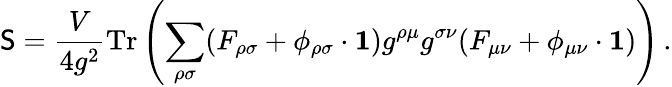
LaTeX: \mathsf{S}=\frac{{V}}{{4g^{2}}}\mathrm{{Tr}}\left(\sum_{\rho\sigma}(F_{\rho\sigma}+\phi_{\rho\sigma}\cdot{\mathbf{1}})g^{\rho\mu}g^{\sigma\nu}(F_{\mu\nu}+\phi_{\mu\nu}\cdot{\mathbf{1}})\right)\, .